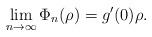
LaTeX: \begin{align*}\lim_{n \to \infty } \Phi_n (\rho) = g^\prime (0) \rho .\end{align*}